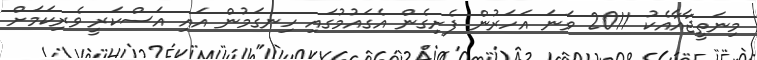
މިނަތީޖާއާއެކު 2011 ވަނަ އަހަރުން ފެށިގެން އެގައުމުގައި ހިނގަމުން އައި އަސްކަރީ ވެރިކަމަށް